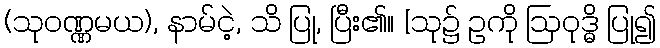
(သုဝဏ္ဏမယ), နာမ်ငဲ့, သိ ပြု, ပြီး၏။ [သု၌ ဥကို ဩဝုဒ္ဓိ ပြု၍